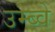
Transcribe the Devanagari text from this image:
उम्ब्वे